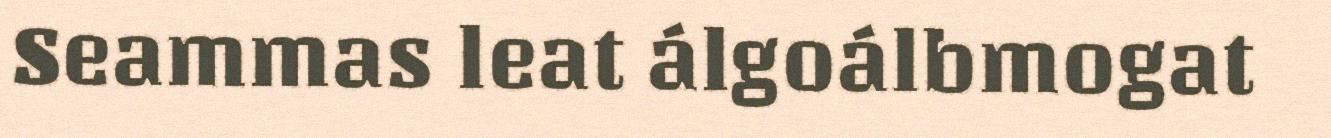
Seammas leat álgoálbmogat